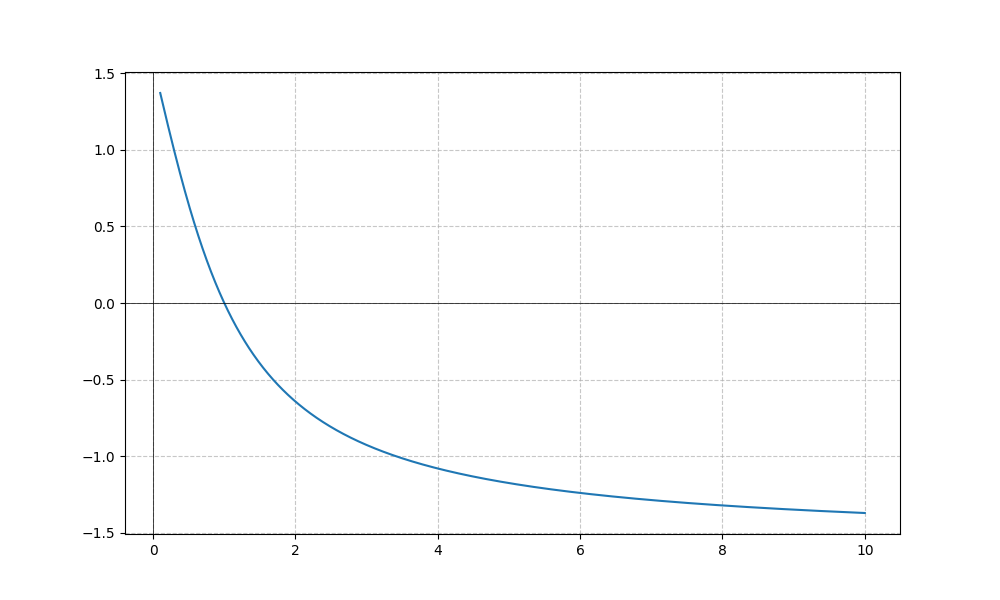
LaTeX formula: \operatorname{acot}{\left(x \right)} - \operatorname{atan}{\left(x \right)}